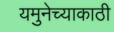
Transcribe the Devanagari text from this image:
यमुनेच्याकाठी